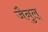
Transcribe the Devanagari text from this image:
जैनुल्